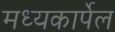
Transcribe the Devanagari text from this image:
मध्यकार्पेल